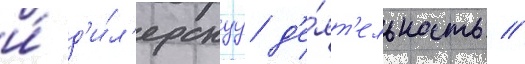
и́ д'и́л'ерскуу д'е́ят'ельность //